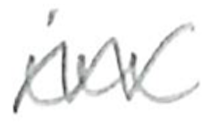
Text: in
Cross-out: zig-zag
Writing tool: pencil